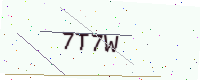
Text: 7T7W